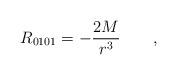
LaTeX: \begin{align*}R_{0101}=-\frac{2M}{r^3}\qquad ,\end{align*}